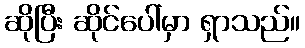
ဆိုပြီး ဆိုင်ပေါ်မှာ ရှာသည်။